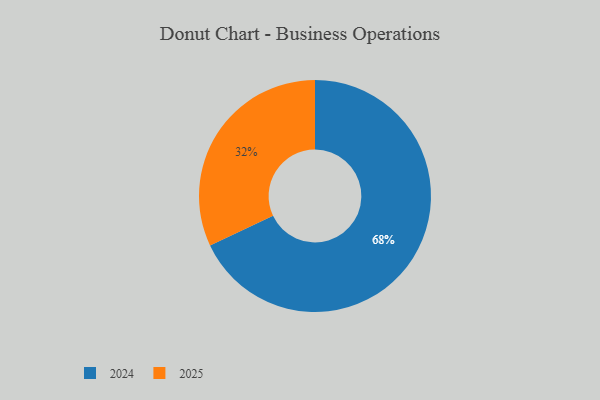
{"axis": {"x": "Category", "y": "Percentage"}, "legend": ["2024", "2025"], "data": [{"x": "2024", "y": 68, "type": "2024"}, {"x": "2025", "y": 32, "type": "2025"}]}